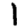
Digit: 1